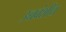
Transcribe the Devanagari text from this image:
उच्चवंशीय